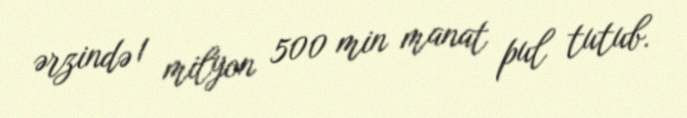
ərzində 1 milyon 500 min manat pul tutub.